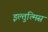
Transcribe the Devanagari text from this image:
इल्तुत्मिस